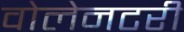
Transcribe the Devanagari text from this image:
वोलेनटरी